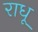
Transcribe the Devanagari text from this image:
राधू